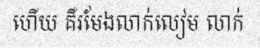
ហើយ គឺរមែងលាក់លៀម លាក់